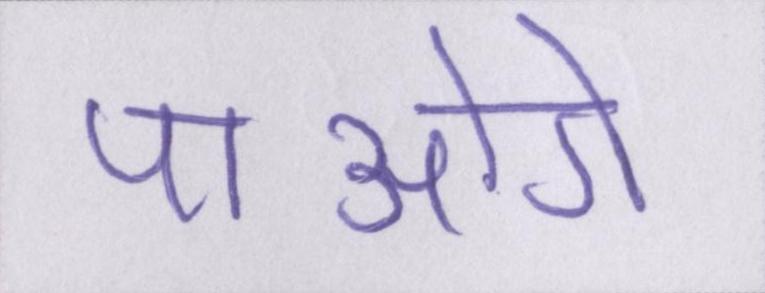
पाओगे